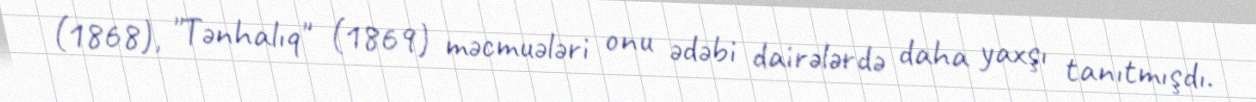
(1868), "Tənhalıq" (1869) məcmuələri onu ədəbi dairələrdə daha yaxşı tanıtmışdı.